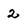
Character: 2